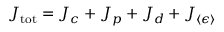
J _ { \mathrm { t o t } } = J _ { c } + J _ { p } + J _ { d } + J _ { \langle \epsilon \rangle }